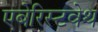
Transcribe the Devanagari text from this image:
एबेरिस्टवेथ